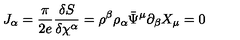
J _ { \alpha } = \frac { \pi } { 2 e } \frac { \delta S } { \delta \chi ^ { \alpha } } = \rho ^ { \beta } \rho _ { \alpha } \bar { \Psi } ^ { \mu } \partial _ { \beta } X _ { \mu } = 0